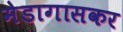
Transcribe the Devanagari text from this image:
मेडागासकर